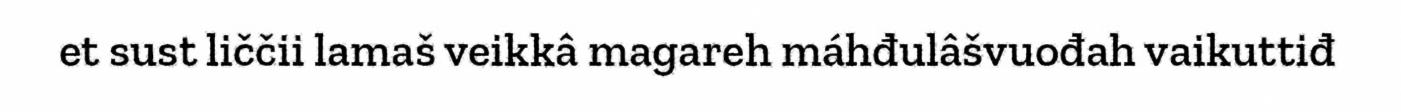
et sust liččii lamaš veikkâ magareh máhđulâšvuođah vaikuttiđ